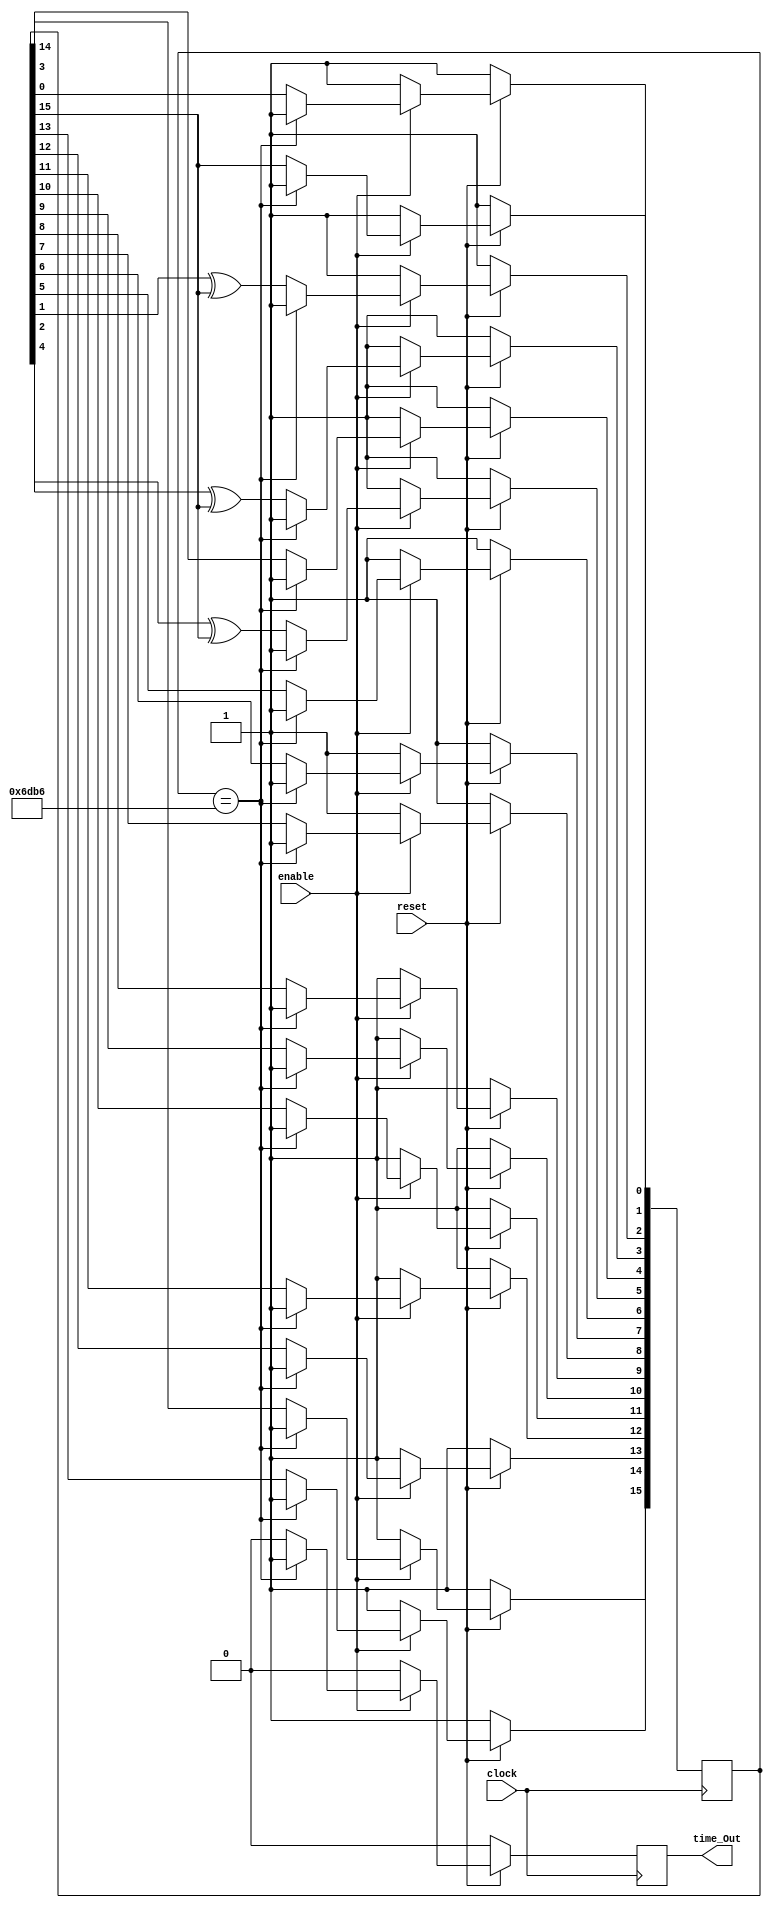
//Course Number: ECE 5440
//purpose: This modules goal is to create a 1 clock tick pulse every ms from a 50 [MHz] source
// Uses a LFSR based implimentation of previous 1 ms timer
module Timer_1ms(clock, reset, enable, time_Out);
	input clock, reset, enable;
	output time_Out;

	reg [15:0] LFSR;
	reg time_Out;

	wire feedback = LFSR[15];

	always @(posedge clock)
	begin
	if (reset == 1'b0)
	begin
		LFSR <= 16'b1111_1111_1111_1111;
		time_Out <= 0;
	end
	else
	begin
		if ( enable == 1'b1)
		begin
			if(LFSR == 16'b0110_1101_1011_0110) //time out here, magic numbers are !FUN!
			begin
				LFSR <= 16'b1111_1111_1111_1111;
				time_Out <= 1'b1;
			end
			else
			begin
				//LFSR Counting here
				LFSR[0] <= feedback;
				LFSR[1] <= LFSR[0];
				LFSR[2] <= LFSR[1] ^ feedback;
				LFSR[3] <= LFSR[2] ^ feedback;
				LFSR[4] <= LFSR[3];
				LFSR[5] <= LFSR[4] ^ feedback;
				LFSR[6] <= LFSR[5];
				LFSR[7] <= LFSR[6];
				LFSR[8] <= LFSR[7];
				LFSR[9] <= LFSR[8];
				LFSR[10] <= LFSR[9];
				LFSR[11] <= LFSR[10];
				LFSR[12] <= LFSR[11];
				LFSR[13] <= LFSR[12];
				LFSR[14] <= LFSR[13];
				LFSR[15] <= LFSR[14];
				time_Out <= 1'b0;
			end
		end
		else
		begin
			time_Out <= 1'b0; //just in case of getting disabled at a weird time
			LFSR <= 16'b1111_1111_1111_1111;
		end
	end
	
	end
endmodule